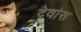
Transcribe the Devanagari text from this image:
देवांस